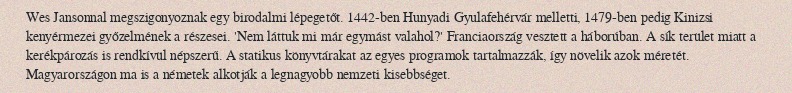
Wes Jansonnal megszigonyoznak egy birodalmi lépegetőt. 1442-ben Hunyadi Gyulafehérvár melletti, 1479-ben pedig Kinizsi kenyérmezei győzelmének a részesei. 'Nem láttuk mi már egymást valahol?' Franciaország vesztett a háborúban. A sík terület miatt a kerékpározás is rendkívül népszerű. A statikus könyvtárakat az egyes programok tartalmazzák, így növelik azok méretét. Magyarországon ma is a németek alkotják a legnagyobb nemzeti kisebbséget.